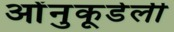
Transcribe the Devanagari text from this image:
ओंनुकूडेली